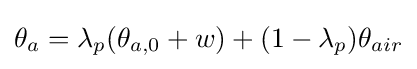
\theta _{a}=\lambda _{p}(\theta _{a,0}+w)+(1-\lambda _{p})\theta _{air}